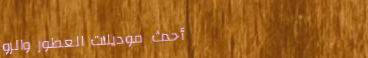
أحدث موديلات العطور والرو